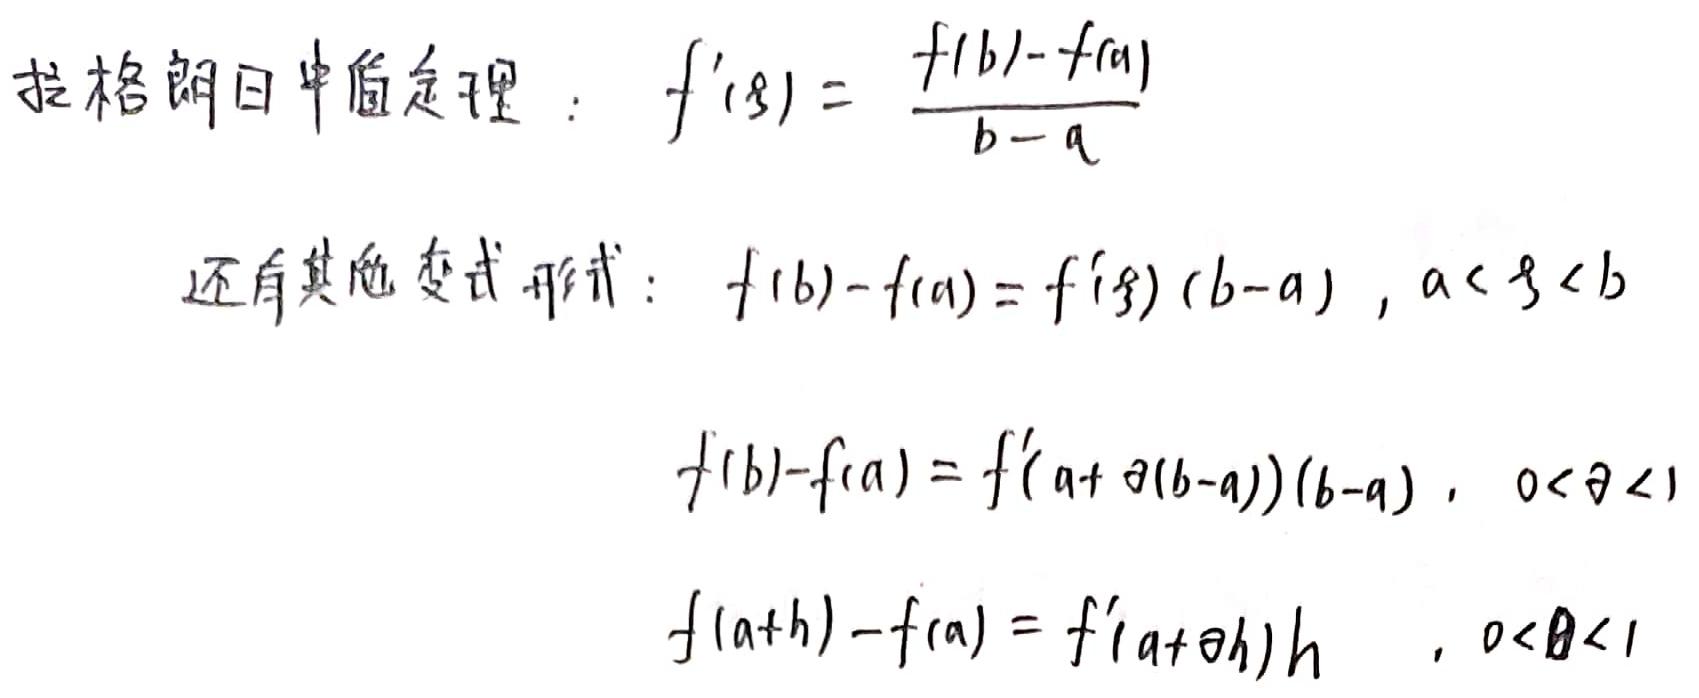
拉格朗日中值定理：$f'(\xi) = \frac{f(b)-f(a)}{b - a}$

还有其他变式形式：$f(b)-f(a)=f'(\xi)(b - a) , a<\xi<b$

$f(b)-f(a)=f'(a+\theta(b - a))(b - a) , 0<\theta<1$

$f(a + h)-f(a)=f'(a+\theta h)h , 0<\theta<1$